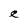
Character: e